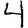
Digit: 4